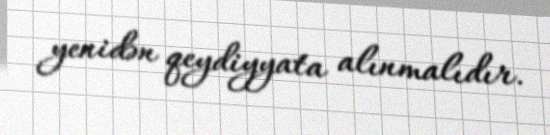
yenidən qeydiyyata alınmalıdır.